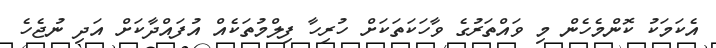
އެކަމަކު ކޮންމެހެން މި ވައްތަރުގެ ވާހަކަތަކަށް ހުރިހާ ފިލްމުތަކެއް އުފައްދާކަށް އަދި ނުޖެހެ